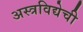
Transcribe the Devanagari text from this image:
अस्त्रविद्येची